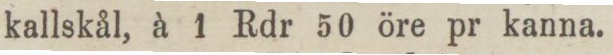
kallskål, à 1 Rdr 50 öre pr kanna.